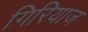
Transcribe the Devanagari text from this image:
गिरियाज